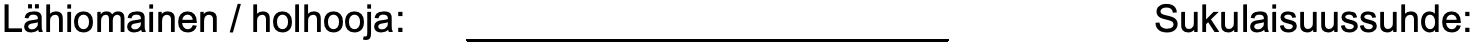
Lähiomainen / holhooja:               Sukulaisuussuhde: